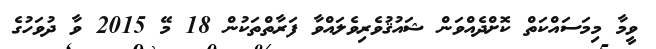
ވީމާ މިމަސައްކަތް ކޮށްދެއްވަން ޝައުޤުވެރިވެލައްވާ ފަރާތްތަކުން 18 މޭ 2015 ވާ ދުވަހުގެ